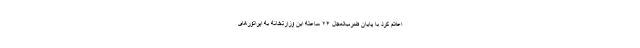
اعلام کرد با پایان ضرب‌العجل ۲۴ ساعته این وزارتخانه به اپراتورهای